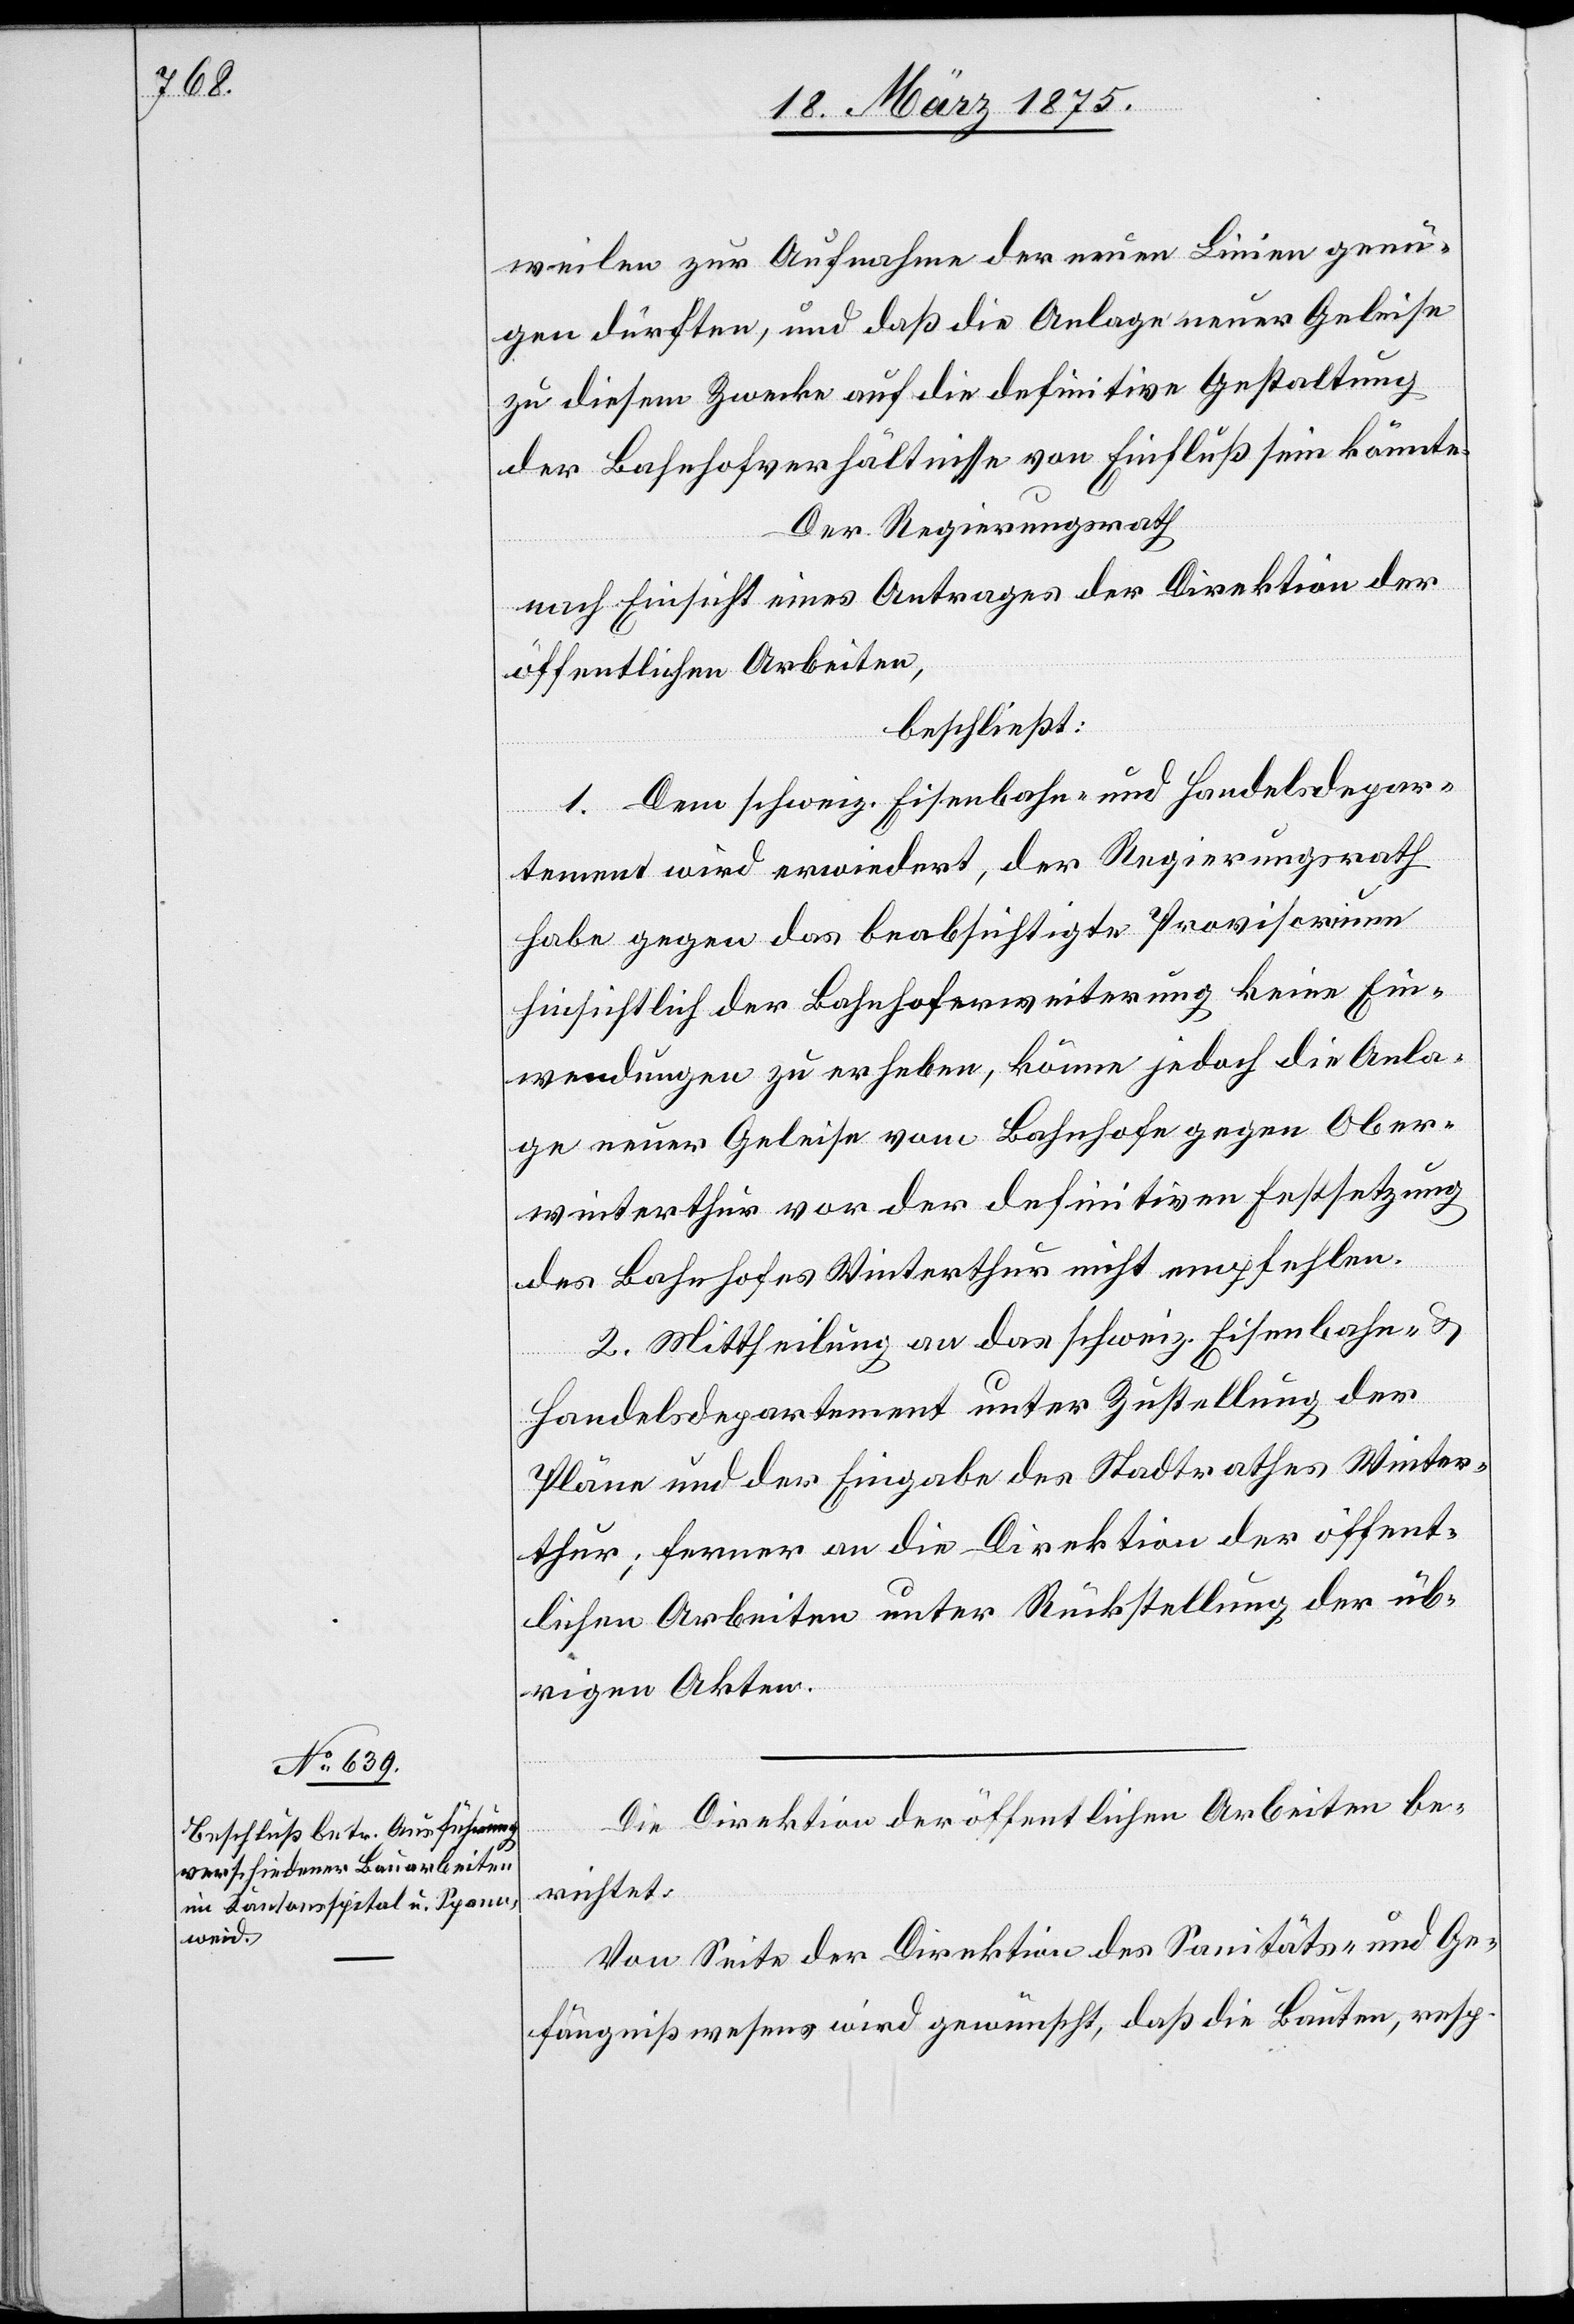
weilen zur Aufnahme der neuen Linien genü¬
gen dürften, und daß die Anlage neuer Geleise
zu diesem Zwecke auf die definitive Gestaltung
der Bahnhofverhälnisse von Einfluß sein könnte.
Der Regierungsrath
nach Einsicht eines Antrages der Direktion der
öffentlichen Arbeiten,
beschließt:
1. Dem schweiz. Eisenbahn- und Handelsdepar¬
tement wird erwiedert, der Regierungsrath
habe gegen das beabsichtigte Provisorium
hinsichtlich der Bahnhofserweiterung keine Ein¬
wendungen zu erheben, könne jedoch die Anla¬
ge neuer Geleise vom Bahnhof gegen Ober¬
winterthur vor der definitiven Festsetzung
des Bahnhofs Winterthur nicht empfehlen.
2. Mittheilung an das schweiz. Eisenbahn- &
Handelsdepartement unter Zustellung der
Pläne und der Eingabe des Stadtrathes Winter¬
thur; ferner an die Direktion der öffent¬
lichen Arbeiten unter Rückstellung der üb¬
rigen Akten.
Die Direktion der öffentlichen Arbeiten be¬
richtet:
Von Seite der Direktion des Sanitäts- und Ge¬
fängnißwesens wird gewünscht, daß die Bauten, resp.